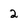
Character: 2